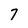
Character: 7